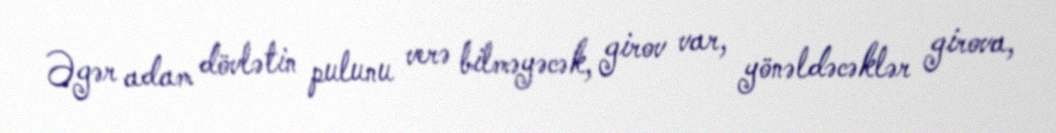
Əgər adam dövlətin pulunu verə bilməyəcək, girov var, yönəldəcəklər girova,